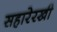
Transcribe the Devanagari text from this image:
सहारेरखी